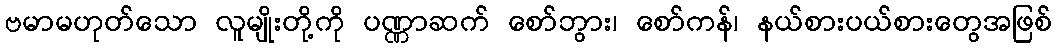
ဗမာမဟုတ်သော လူမျိုးတို့ကို ပဏ္ဏာဆက် စော်ဘွား၊ စော်ကန်၊ နယ်စားပယ်စားတွေအဖြစ်